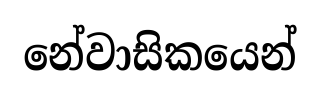
නේවාසිකයෙන්